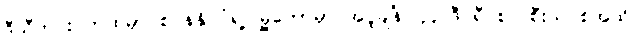
ဒီသီတင်းပတ်ထဲမှာ စပိန်နိုင်ငံရဲ့ မြို့တော်မှာ အပူချိန် ၄၄ ဒီဂရီ စဲလ်စီးယပ်စ်အထိ